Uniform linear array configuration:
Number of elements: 8
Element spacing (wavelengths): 0.25
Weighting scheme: exponential
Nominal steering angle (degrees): -30
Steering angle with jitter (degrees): -30.249
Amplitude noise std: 0.05
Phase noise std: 0.05

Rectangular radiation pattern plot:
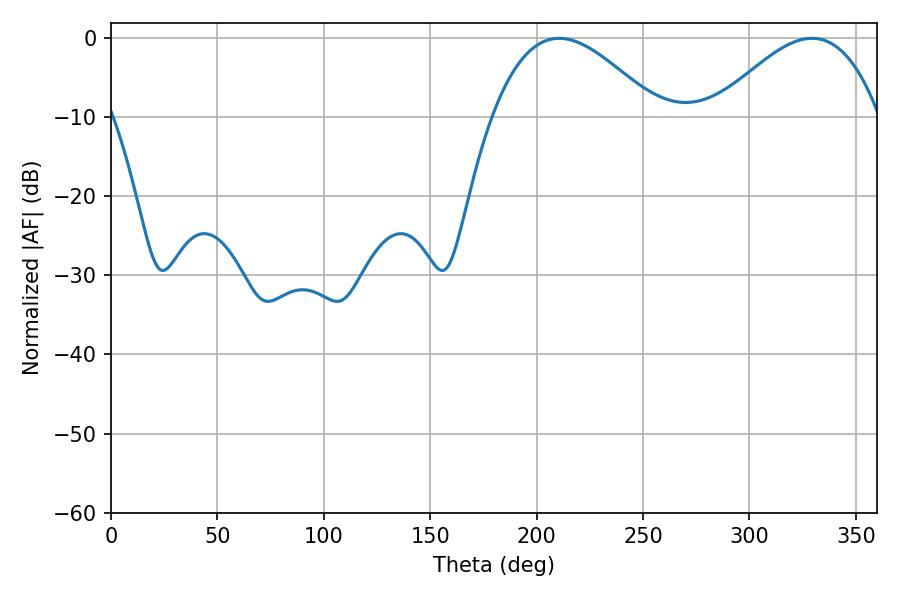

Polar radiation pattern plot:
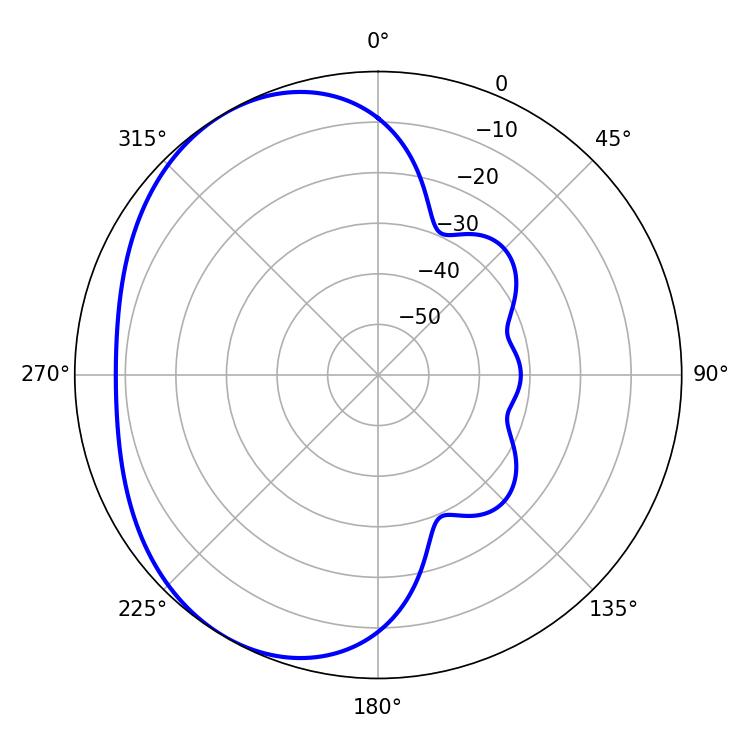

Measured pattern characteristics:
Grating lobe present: FALSE
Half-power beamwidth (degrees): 42.3
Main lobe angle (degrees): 210.6